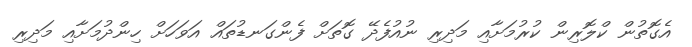
އެގޮތުން ކްލޮރިން ކުރުމަށާއި މަދިރި ނުއުފެދޭ ގޮތަށް ފެންގަނޑުތައް އަވަހަށް ހިންދުމަށާއި މަދިރި